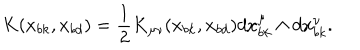
LaTeX: K ( x _ { b k } , x _ { b d } ) = { \frac { 1 } { 2 } } K _ { \mu \nu } ( x _ { b k } , x _ { b d } ) d x _ { b k } ^ { \mu } \wedge d x _ { b k } ^ { \nu } .